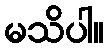
မသိပါ။